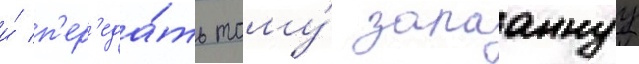
и́ п'ер'еда́ть тому́ запааннуу